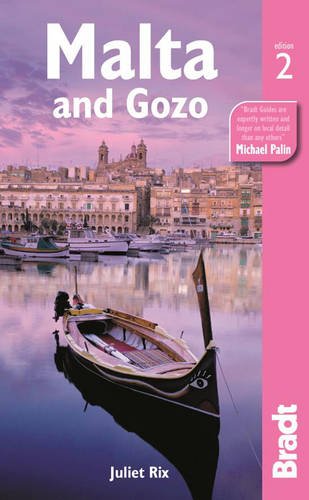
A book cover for Malta and Gozo (Bradt Travel Guide); Juliet Rix; Travel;